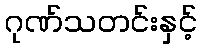
ဂုဏ်သတင်းနှင့်